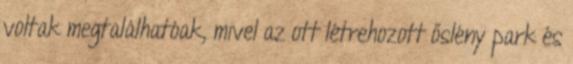
voltak megtalálhatóak, mivel az ott létrehozott őslény park és